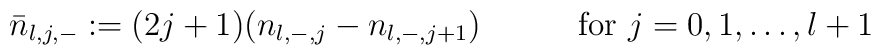
\bar{n}_{l,j,-} := (2j+1)(n_{l,-,j} - n_{l,-,j+1})  \qquad\quad    \mbox{for $j=0,1,\dots,l+1$}